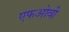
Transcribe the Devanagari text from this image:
एफओवी